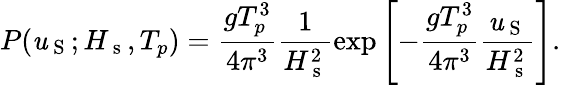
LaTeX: P(\mathit{u}_{\mathrm{{~S~}}};H_{\mathrm{{~s~}}},T_{p})=\frac{{gT_{p}^{3}}}{{4\pi^{3}}}\frac{{1}}{{H_{\mathrm{{~s~}}}^{2}}}\exp{\left[-\frac{{gT_{p}^{3}}}{{4\pi^{3}}}\frac{{\mathit{u}_{\mathrm{{~S~}}}}}{{H_{\mathrm{{~s~}}}^{2}}}\right]}.